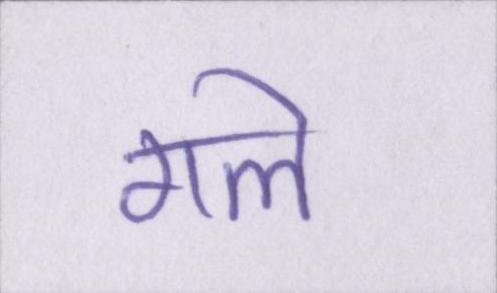
गले